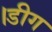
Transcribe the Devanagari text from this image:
।डीग